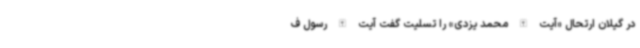
در گیلان ارتحال «آیت الله محمد یزدی» را تسلیت گفت آیت الله رسول ف